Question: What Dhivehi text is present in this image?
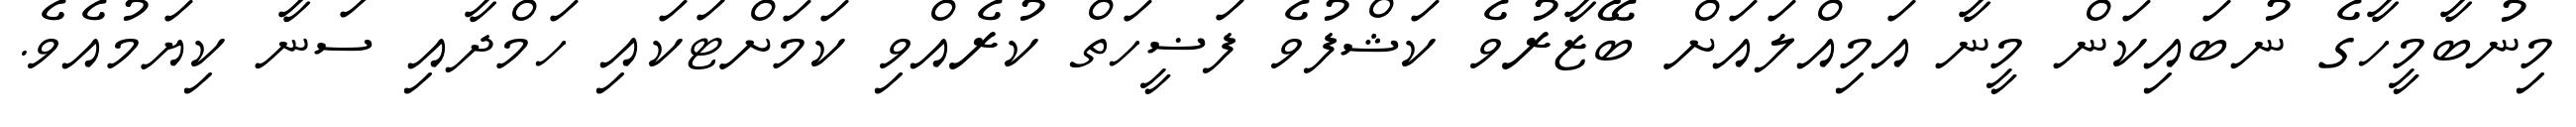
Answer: މިނުބާމީހާގެ ނުބައިކަން މީނާ އަމިއްލައަށް ބޭޒާރުވެ ކަޝްފުވެ ފަޟީހަތް ކުރެއްވި ކަމަށްޓަކައި ހަމްދާއި ސަނާ ކިޔަމުއެވެ.